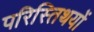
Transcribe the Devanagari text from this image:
परिस्तिथयों